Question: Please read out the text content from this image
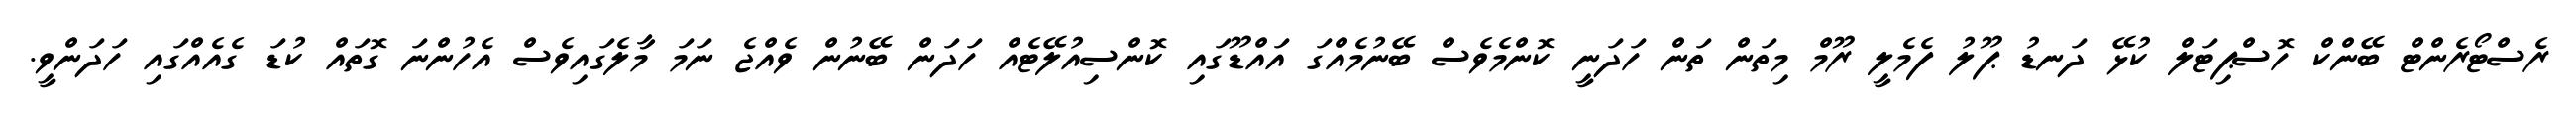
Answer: ރެސްޓޯރެންޓް ބޭންކް ހޮސްޕިޓަލް ކުޅޭ ދަނޑު ޕޫލު ފެމެލީ ރޫމް މިތަން ތަން ހަދަނީ ކޮންމެވެސް ބޭނުމެއްގަ އައްޑޫގައި ކޮންސިއުލޭޓެއް ހަދަން ބޭނުން ވެއްޖެ ނަމަ މާލެގައިވެސް އެހުންނަ ގޮތައް ކުޑަ ގެއެއްގައި ހަދަންވީ.